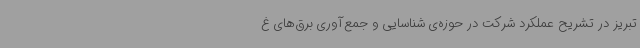
تبریز در تشریح عملکرد شرکت در حوزه‌ی شناسایی و جمع‌آوری برق‌های غ